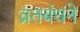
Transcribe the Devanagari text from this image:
व्रतबंधने